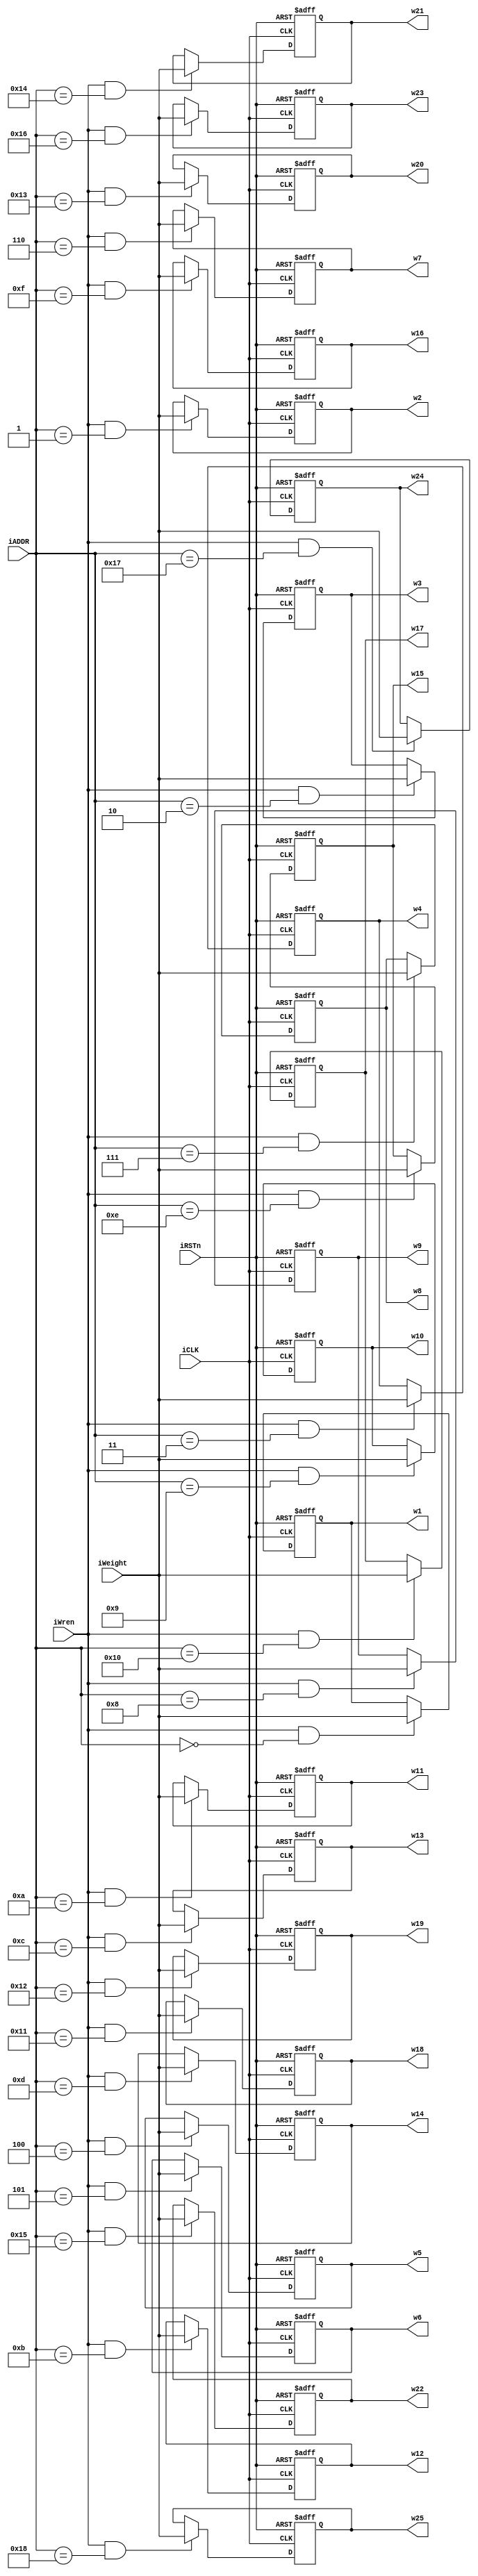
module weightR
(
 input                    iCLK,
 input                    iRSTn,
 input                    iWren,
 input             [4:0]  iADDR,
 input             [31:0] iWeight,
 output reg signed [31:0] w1,  w2,  w3,  w4,  w5,  w6,  w7,  w8,  w9,  w10,
                          w11, w12, w13, w14, w15, w16, w17, w18, w19, w20, 
                          w21, w22, w23, w24, w25
);

//1
always @(posedge iCLK, negedge iRSTn)
begin
  if(!iRSTn)
	w1 <= 8'd0;
  else if(iWren == 1'b1 && iADDR == 5'd0)
    w1 <= iWeight;
end

//2
always @(posedge iCLK, negedge iRSTn)
begin
  if(!iRSTn)
	w2 <= 8'd0;
  else if(iWren == 1'b1 && iADDR == 5'd1)
    w2 <= iWeight;
end

//3
always @(posedge iCLK, negedge iRSTn)
begin
  if(!iRSTn)
	w3 <= 8'd0;
  else if(iWren == 1'b1 && iADDR == 5'd2)
    w3 <= iWeight;
end

//4
always @(posedge iCLK, negedge iRSTn)
begin
  if(!iRSTn)
	w4 <= 8'd0;
  else if(iWren == 1'b1 && iADDR == 5'd3)
    w4 <= iWeight;
end

//5
always @(posedge iCLK, negedge iRSTn)
begin
  if(!iRSTn)
	w5 <= 8'd0;
  else if(iWren == 1'b1 && iADDR == 5'd4)
    w5 <= iWeight;
end

//6
always @(posedge iCLK, negedge iRSTn)
begin
  if(!iRSTn)
	w6 <= 8'd0;
  else if(iWren == 1'b1 && iADDR == 5'd5)
    w6 <= iWeight;
end

//7
always @(posedge iCLK, negedge iRSTn)
begin
  if(!iRSTn)
	w7 <= 8'd0;
  else if(iWren == 1'b1 && iADDR == 5'd6)
    w7 <= iWeight;
end

//8
always @(posedge iCLK, negedge iRSTn)
begin
  if(!iRSTn)
	w8 <= 8'd0;
  else if(iWren == 1'b1 && iADDR == 5'd7)
    w8 <= iWeight;
end

//9
always @(posedge iCLK, negedge iRSTn)
begin
  if(!iRSTn)
	w9 <= 8'd0;
  else if(iWren == 1'b1 && iADDR == 5'd8)
    w9 <= iWeight;
end

//10
always @(posedge iCLK, negedge iRSTn)
begin
  if(!iRSTn)
	w10 <= 8'd0;
  else if(iWren == 1'b1 && iADDR == 5'd9)
    w10 <= iWeight;
end

//11
always @(posedge iCLK, negedge iRSTn)
begin
  if(!iRSTn)
	w11 <= 8'd0;
  else if(iWren == 1'b1 && iADDR == 5'd10)
    w11 <= iWeight;
end

//12
always @(posedge iCLK, negedge iRSTn)
begin
  if(!iRSTn)
	w12 <= 8'd0;
  else if(iWren == 1'b1 && iADDR == 5'd11)
    w12 <= iWeight;
end

//13
always @(posedge iCLK, negedge iRSTn)
begin
  if(!iRSTn)
	w13 <= 8'd0;
  else if(iWren == 1'b1 && iADDR == 5'd12)
    w13 <= iWeight;
end


//14
always @(posedge iCLK, negedge iRSTn)
begin
  if(!iRSTn)
	w14 <= 8'd0;
  else if(iWren == 1'b1 && iADDR == 5'd13)
    w14 <= iWeight;
end

//15
always @(posedge iCLK, negedge iRSTn)
begin
  if(!iRSTn)
	w15 <= 8'd0;
  else if(iWren == 1'b1 && iADDR == 5'd14)
    w15 <= iWeight;
end

//16
always @(posedge iCLK, negedge iRSTn)
begin
  if(!iRSTn)
	w16 <= 8'd0;
  else if(iWren == 1'b1 && iADDR == 5'd15)
    w16 <= iWeight;
end

//17
always @(posedge iCLK, negedge iRSTn)
begin
  if(!iRSTn)
	w17 <= 8'd0;
  else if(iWren == 1'b1 && iADDR == 5'd16)
    w17 <= iWeight;
end

//18
always @(posedge iCLK, negedge iRSTn)
begin
  if(!iRSTn)
	w18 <= 8'd0;
  else if(iWren == 1'b1 && iADDR == 5'd17)
    w18 <= iWeight;
end

//19
always @(posedge iCLK, negedge iRSTn)
begin
  if(!iRSTn)
	w19 <= 8'd0;
  else if(iWren == 1'b1 && iADDR == 5'd18)
    w19 <= iWeight;
end

//20
always @(posedge iCLK, negedge iRSTn)
begin
  if(!iRSTn)
	w20 <= 8'd0;
  else if(iWren == 1'b1 && iADDR == 5'd19)
    w20 <= iWeight;
end

//21
always @(posedge iCLK, negedge iRSTn)
begin
  if(!iRSTn)
	w21 <= 8'd0;
  else if(iWren == 1'b1 && iADDR == 5'd20)
    w21 <= iWeight;
end

//22
always @(posedge iCLK, negedge iRSTn)
begin
  if(!iRSTn)
	w22 <= 8'd0;
  else if(iWren == 1'b1 && iADDR == 5'd21)
    w22 <= iWeight;
end

//23
always @(posedge iCLK, negedge iRSTn)
begin
  if(!iRSTn)
	w23 <= 8'd0;
  else if(iWren == 1'b1 && iADDR == 5'd22)
    w23 <= iWeight;
end

//24
always @(posedge iCLK, negedge iRSTn)
begin
  if(!iRSTn)
	w24 <= 8'd0;
  else if(iWren == 1'b1 && iADDR == 5'd23)
    w24 <= iWeight;
end

//25
always @(posedge iCLK, negedge iRSTn)
begin
  if(!iRSTn)
	w25 <= 8'd0;
  else if(iWren == 1'b1 && iADDR == 5'd24)
    w25 <= iWeight;
end

endmodule